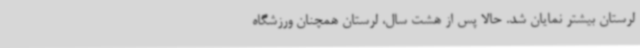
لرستان بیشتر نمایان شد. حالا پس از هشت سال، لرستان همچنان ورزشگاه